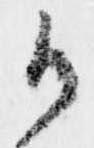
候